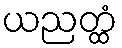
ယညတ္ထံ